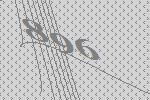
896